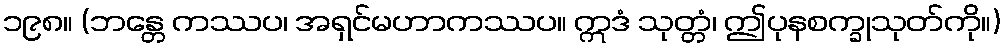
၁၉၈။ (ဘန္တေ ကဿပ၊ အရှင်မဟာကဿပ။ ဣဒံ သုတ္တံ၊ ဤပုနစက္ခုသုတ်ကို။)